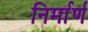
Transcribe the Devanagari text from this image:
निर्मार्ण